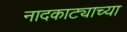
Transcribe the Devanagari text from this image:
नादकाट्याच्या